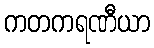
ကတကရဏီယာ